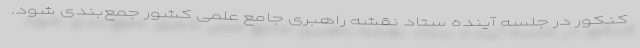
کنکور در جلسه آینده ستاد نقشه راهبری جامع علمی کشور جمع‌بندی شود.